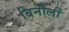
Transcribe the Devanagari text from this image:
बिनौलों